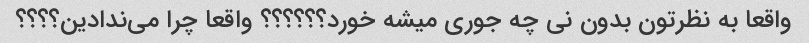
واقعا به نظرتون بدون نی چه جوری میشه خورد؟؟؟؟؟؟ واقعا چرا می‌ندادین؟؟؟؟